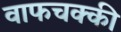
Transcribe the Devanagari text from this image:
वाफचक्की